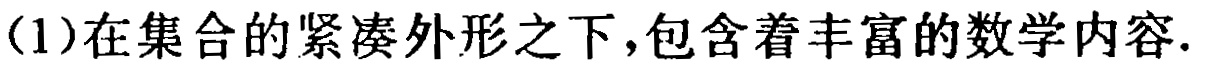
(1)在集合的紧凑外形之下,包含着丰富的数学内容.